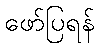
ဖော်ပြရန်